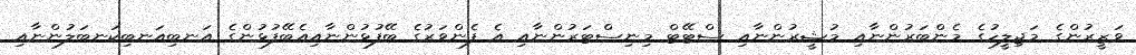
ވަޒީރުންގެ މަޖިލީހުގެ މެންބަރުންނާއި މުޝީރުންނާއި ސްޓޭޓް މިނިސްޓަރުންނާއި އެ ފެންވަރުގެ ބޭފުޅުންނާއިއެބޭފުޅުންގެ އަނބިއަނބިކަނބަލުންނާއި